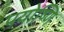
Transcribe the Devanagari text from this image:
पयोष्णि